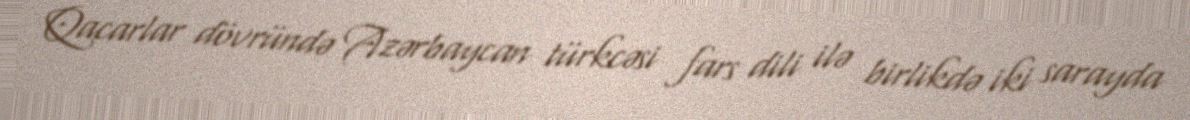
Qacarlar dövründə Azərbaycan türkcəsi fars dili ilə birlikdə iki sarayda